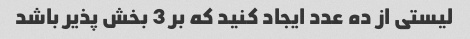
لیستی از ده عدد ایجاد کنید که بر 3 بخش پذیر باشد